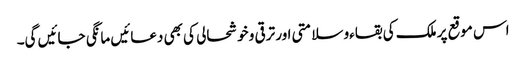
اس موقع پر ملک کی بقاءو سلامتی اور ترقی و خوشحالی کی بھی دعائیں مانگی جائیں گی۔